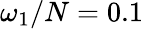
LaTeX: \omega_{1}/N=0.1